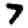
Digit: 7